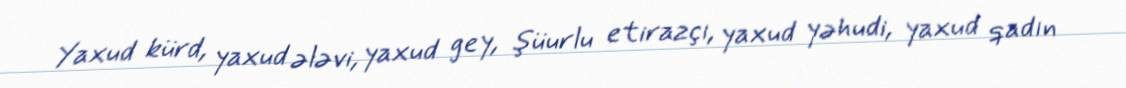
Yaxud kürd, yaxud ələvi, yaxud gey, şüurlu etirazçı, yaxud yəhudi, yaxud qadın